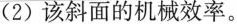
（2）该斜面的机械效率。